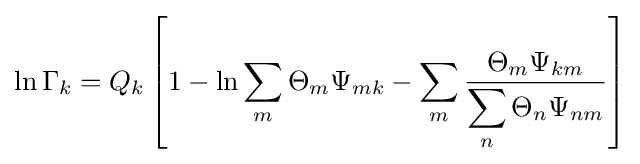
\ln \Gamma _{k}=Q_{k}\left[1-\ln \displaystyle \sum _{m}\Theta _{m}\Psi _{mk}-\displaystyle \sum _{m}{\frac {\Theta _{m}\Psi _{km}}{\displaystyle \sum _{n}\Theta _{n}\Psi _{nm}}}\right]